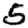
Digit: 5